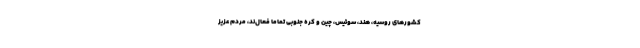
کشورهای روسیه، هند، سوئیس، چین و کره جنوبی تماما فعال‌ند، مردم عزیز